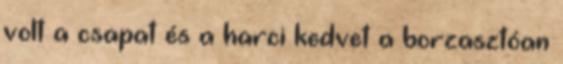
volt a csapat és a harci kedvet a borzasztóan